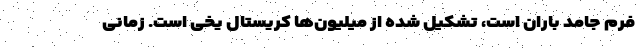
فرم جامد باران است، تشکیل شده از میلیون‌ها کریستال یخی است. زمانی